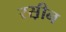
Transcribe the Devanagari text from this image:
रस़ीन